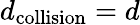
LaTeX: d_{\mathrm{collision}}=d